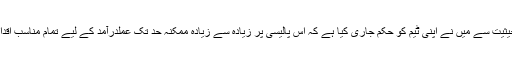
وزیر خارجہ کی حیثیت سے میں نے اپنی ٹیم کو حکم جاری کیا ہے کہ اس پالیسی پر زیادہ سے زیادہ ممکنہ حد تک عملدرآمد کے لیے تمام مناسب اقدامات اٹھائے جائیں۔